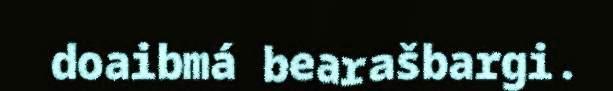
doaibmá bearašbargi.